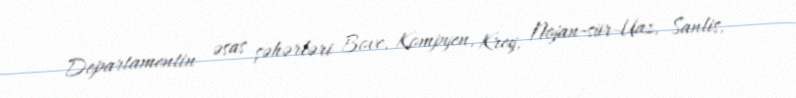
Departamentin əsas şəhərləri Bove, Kompyen, Krey, Nojan-sür-Uaz, Sanlis,